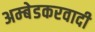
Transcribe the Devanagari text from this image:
अम्‍बेडकरवादी